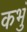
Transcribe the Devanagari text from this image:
कभुं